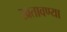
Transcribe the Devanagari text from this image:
खतावण्या